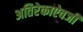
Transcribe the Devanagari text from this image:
अतिरेकाऐवजी